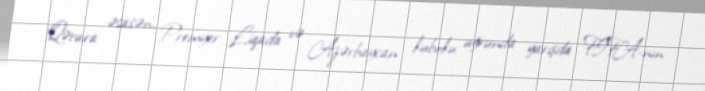
Qərara əsasən, Premyer Liqada və Azərbaycan kuboku uğrunda yarışda FIFA-nın